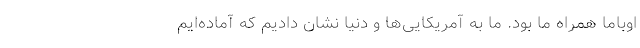
اوباما همراه ما بود. ما به آمریکایی‌ها و دنیا نشان دادیم که آماده‌ایم